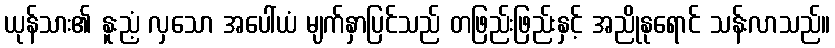
ယုန်သား၏ နူးညံ့ လှသော အပေါ်ယံ မျက်နှာပြင်သည် တဖြည်းဖြည်းနှင့် အညိုနုရောင် သန်းလာသည်။